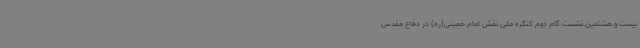
بیست‌ و هشتمین نشست گام دوم کنگره ملی نقش امام خمینی(ره) در دفاع مقدس